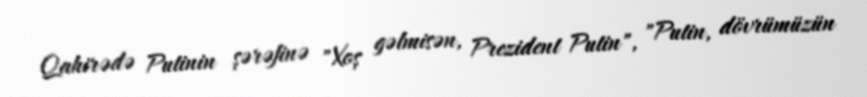
Qahirədə Putinin şərəfinə "Xoş gəlmisən, Prezident Putin", "Putin, dövrümüzün